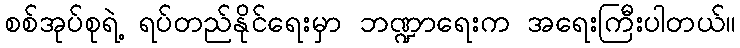
စစ်အုပ်စုရဲ့ ရပ်တည်နိုင်ရေးမှာ ဘဏ္ဍာရေးက အရေးကြီးပါတယ်။